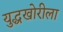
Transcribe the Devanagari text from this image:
युद्धखोरीला